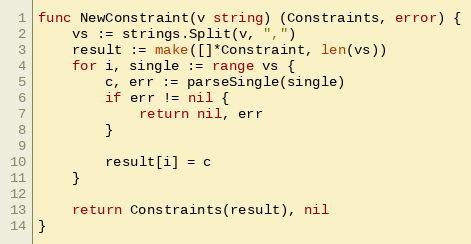
Language: Go
func NewConstraint(v string) (Constraints, error) {
	vs := strings.Split(v, ",")
	result := make([]*Constraint, len(vs))
	for i, single := range vs {
		c, err := parseSingle(single)
		if err != nil {
			return nil, err
		}

		result[i] = c
	}

	return Constraints(result), nil
}